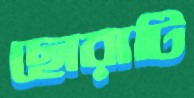
ছোরাটি